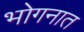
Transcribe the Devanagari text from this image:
भोगनात